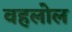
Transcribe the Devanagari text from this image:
वहलोल